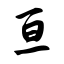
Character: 亘